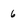
Character: 6